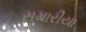
સમારીયા